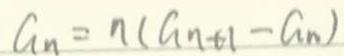
a _ { n } = n ( a _ { n } + 1 - a _ { n } )